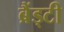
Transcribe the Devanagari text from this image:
ब्रैंड्टी